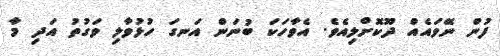
ފުން ނޭވައެއް ދޫކޮށްލިއެވެ. އެވާހަކަ ބުނަން އަނގަ ހުޅުވާލި ވަގުތު އަދި މާ